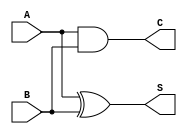
module current_mode_half_adder (
    input  wire A,  // Input current representing the first binary digit (0 or 1)
    input  wire B,  // Input current representing the second binary digit (0 or 1)
    output wire S,  // Output current representing the sum of inputs A and B
    output wire C   // Output current representing the carry-out from the addition
);

// Define the output logic based on the truth table
assign S = A ^ B;  // Sum is A XOR B
assign C = A & B;  // Carry is A AND B

endmodule